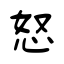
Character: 怒